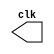
//ARQ1 - Guia06 - Eduardo Botelho de Andrade

module clock (clk);
 output clk;
 reg    clk;
 
 initial 
  begin
   clk = 1'b0;
  end
 
 always
  begin
   #12 clk = ~clk;
  end
  
endmodule